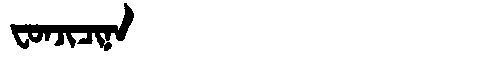
Manchu: ᠸᠣᠨᠵᡳᠴᡳᠨᠠ
Romanization: FONJICINA